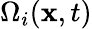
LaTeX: \Omega_{i}(\textbf{x},t)